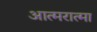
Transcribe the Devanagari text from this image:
आत्मरात्मा